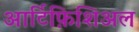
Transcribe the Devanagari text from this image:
आर्टिफ़िशिअल